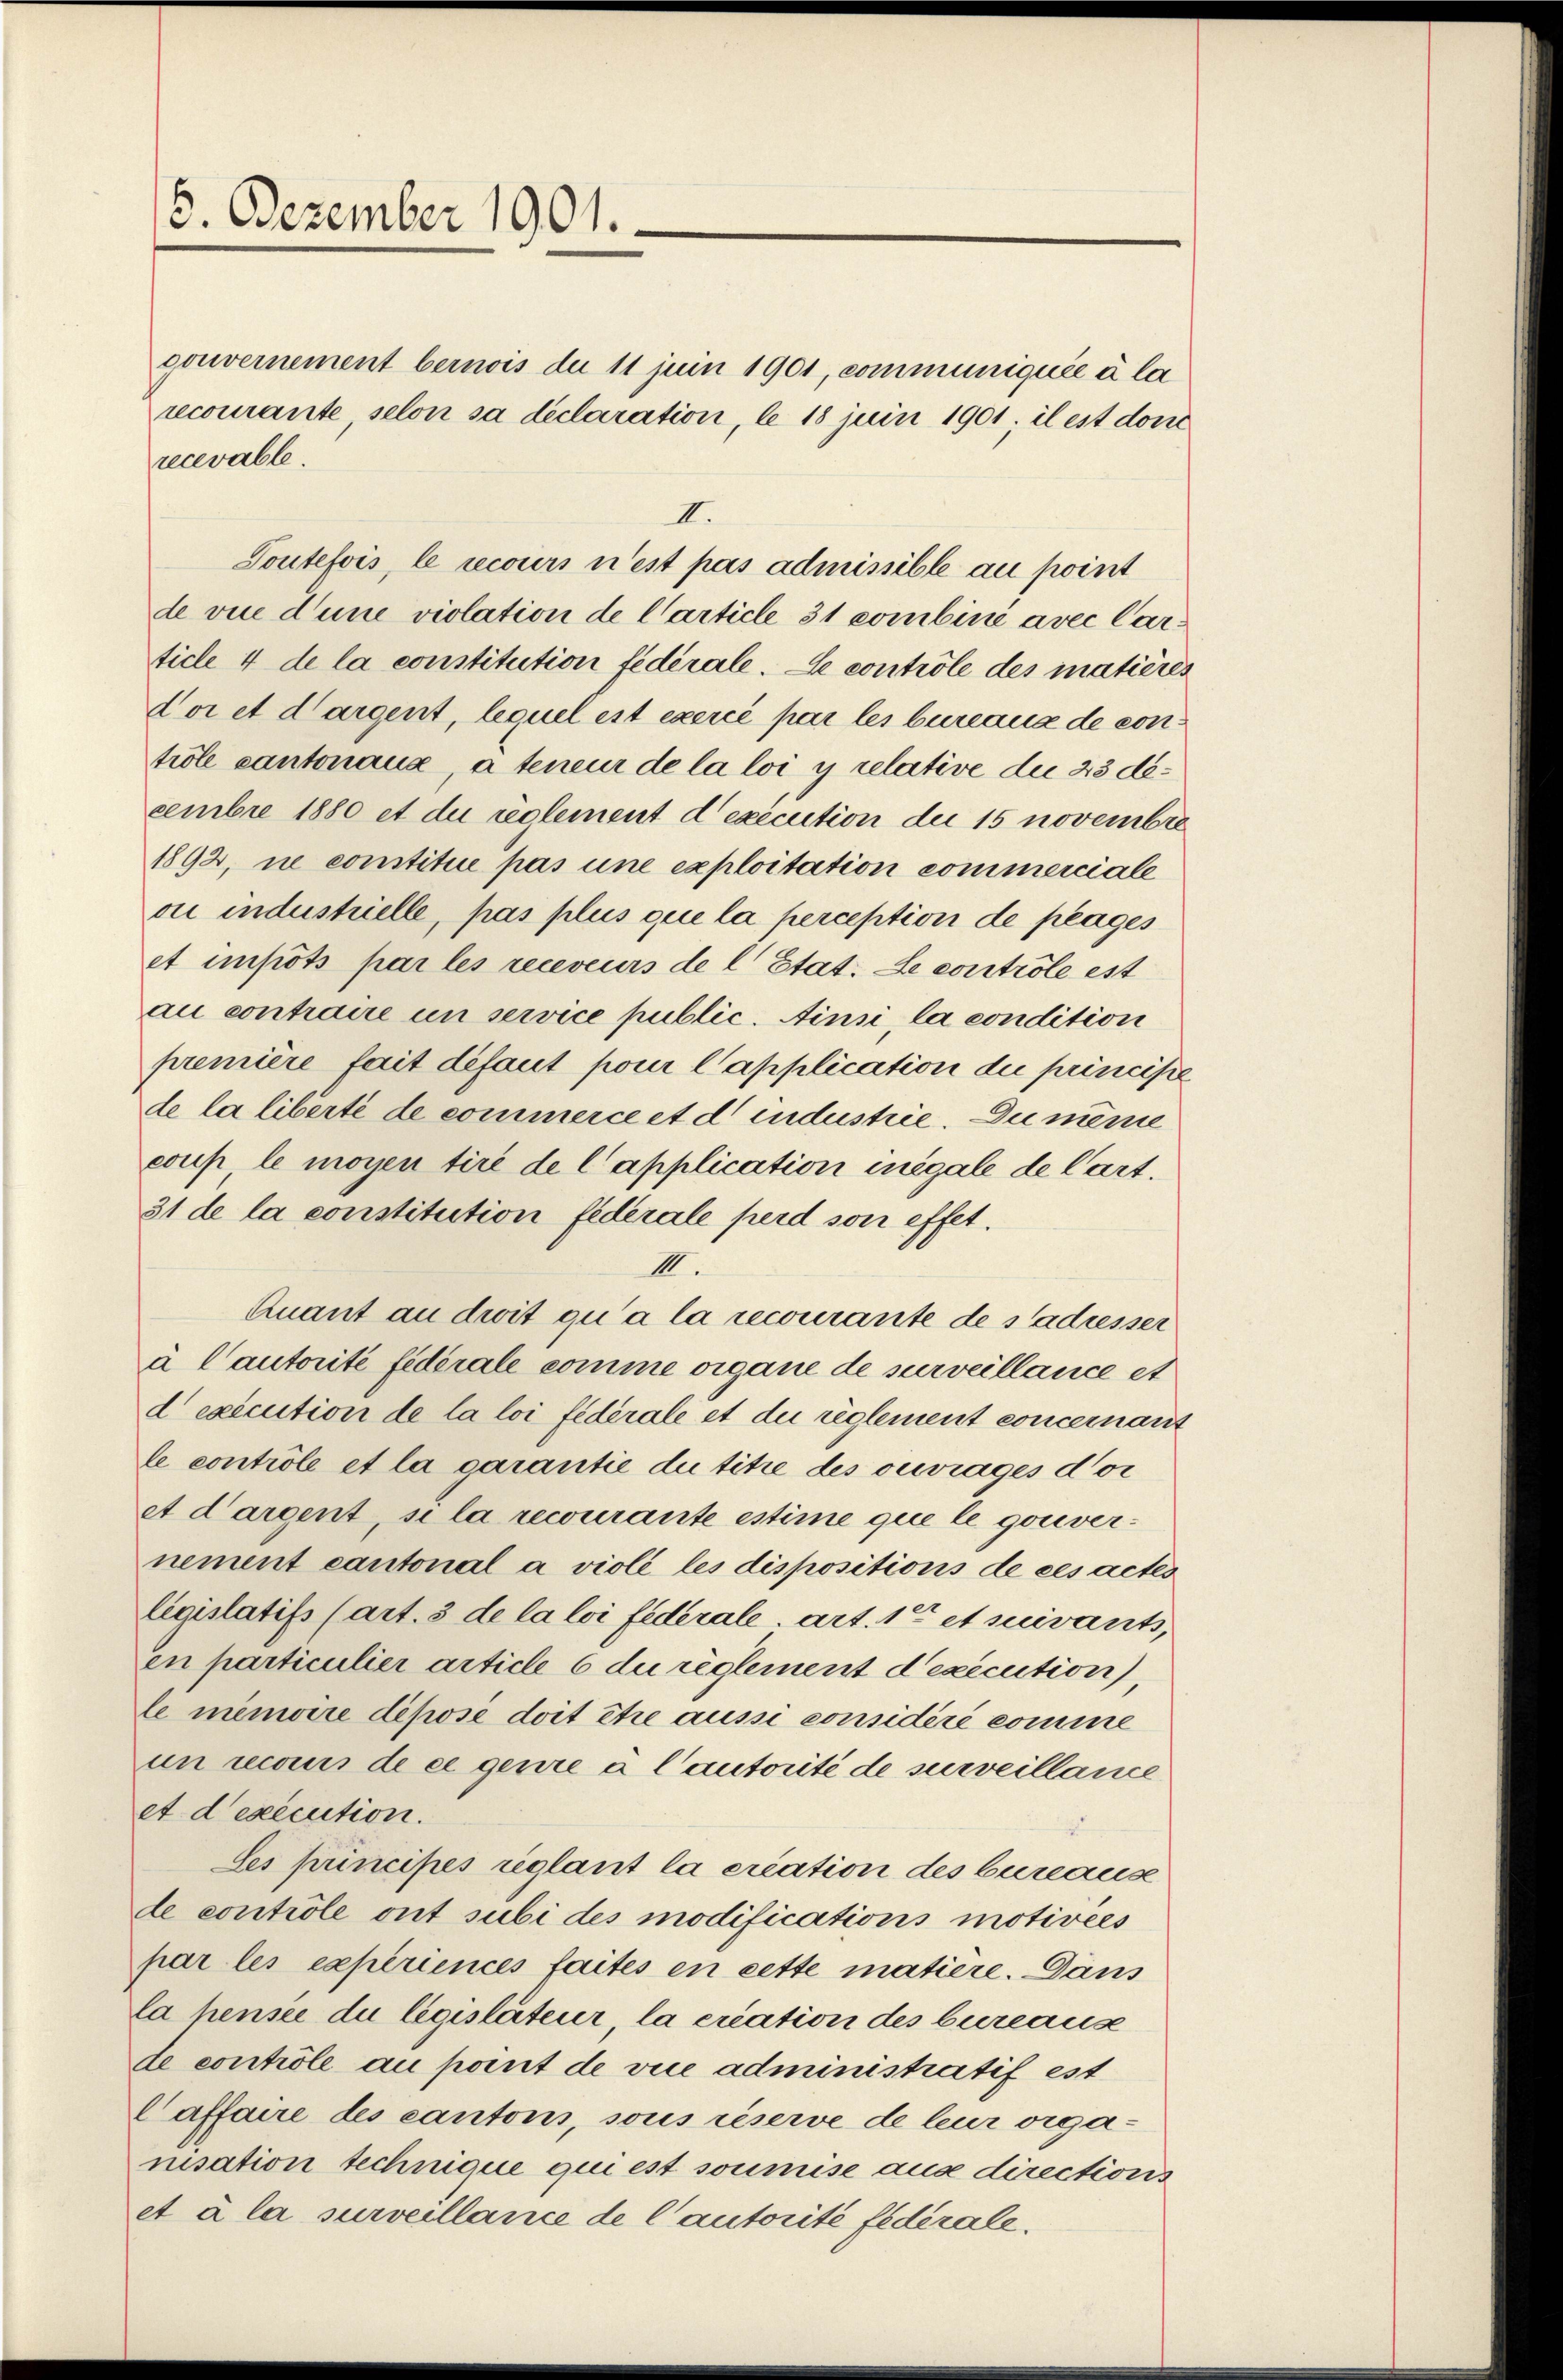
15. Dezember 1901.

gouvernement bernois de 11 juin 1901, communiquée à la
recourante, selon sa declaration, le 18 juin 1901; il est don
recevable.
II.
Toutefois, le recours n’est pas admissible au point
de vice d’une violation de Carticle 31 combini avec Carticle 4 de la constitution fédérale. Le contrôle des matières
voi et dargent, lequel est exercé par les bureaux de contröle cantonaue, à teneur de la loi y relative die 23 decembre 1880 et du reglement d’exécution die 15 novembre
1892, ne constitue pas une exploitation commerciale
ou industrielle, pas plus que la perception de plages
et impots par les receveurs de l’Etat. Le controle est
au contraire un service public. Ainsi la condition
première fait défaut pour l’application die principe
de la liberte de commerce et d industrie. Du même
coup le moyen tiré de Capplication inégale de Cart.
31 de la constitution federale perd son effet.
III.
Quant an droit qu’à la recourante de s’adresser
à Cautorité fédérale comme organe de surveillance et
d execution de la loi fédérale et die reglement concernant
le controle et la garantie du titre des ouvrages dor
et dargent, si la recourante estime que le gouvernement cantonal a violé les dispositions de ces actes
législatifs (art. 3 de la loi fédérale, Art. 1 et suivants,
en particulier article 6 du règlement d’exécution),
le mémoire dépose doit être aussi considéré comme
un recours de ce genre à l’autorité de surveillance
et d’exécution.
Ses principes reglant la création des bureaus
de controle ont subi des modifications motivees
par les experiences faites en cette matiere. Dans
la hensee du législateur la création des bureause
de controle au point de vice administratif est
Caffaire des cantons, sous réserve de leur organisation technique qui est soumise aus directions
et à la surveillance de Cautorité fédérale.